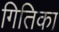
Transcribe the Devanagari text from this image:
गितिका